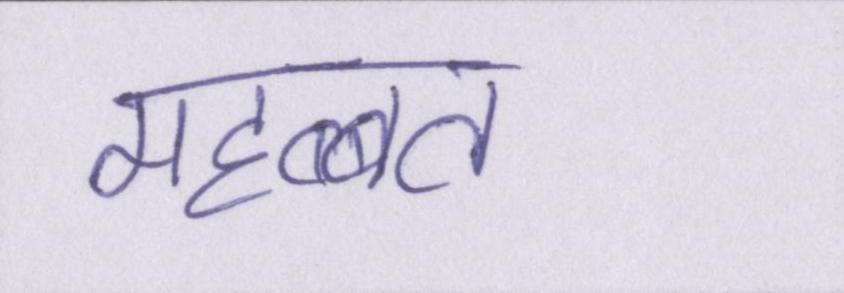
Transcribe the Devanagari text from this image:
महब्बत